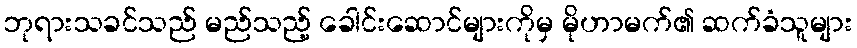
ဘုရားသခင်သည် မည်သည့် ခေါင်းဆောင်များကိုမှ မိုဟာမက်၏ ဆက်ခံသူများ